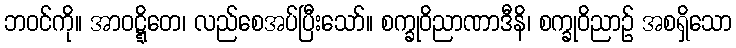
ဘဝင်ကို။ အာဝဋ္ဋိတေ၊ လည်စေအပ်ပြီးသော်။ စက္ခုဝိညာဏာဒီနိ၊ စက္ခုဝိညာဉ် အစရှိသော